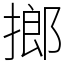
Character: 𢲲